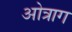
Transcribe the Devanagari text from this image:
ओत्राग